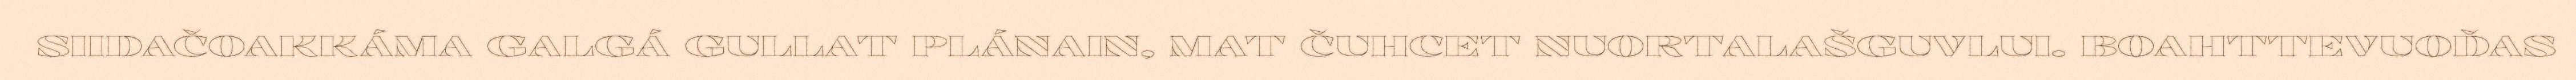
SIIDAČOAKKÁMA GALGÁ GULLAT PLÁNAIN, MAT ČUHCET NUORTALAŠGUVLUI. BOAHTTEVUOĐAS